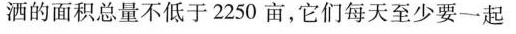
洒的面积总量不低于2250亩，它们每天至少要一起